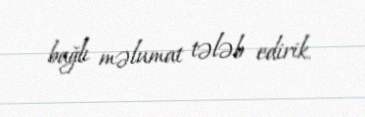
bağlı məlumat tələb edirik.